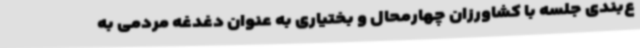
ع‌بندی جلسه با کشاورزان چهارمحال و بختیاری به عنوان دغدغه مردمی به